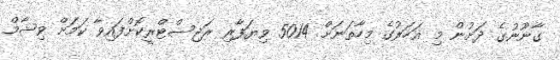
ގާނޫނުގެ ދަށުން މި އަހަރުގެ މިހާތަނަށް 5014 ވިޔަފާރި ރަޖިސްޓްރީކޮށްފައިވާ ކަމަށް ވިޝާމް